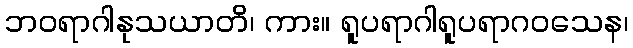
ဘဝရာဂါနုသယာတိ၊ ကား။ ရူပရာဂါရူပရာဂဝသေန၊